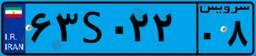
۶۳S۰۲۲۰۸